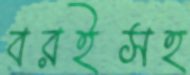
বরইসহ